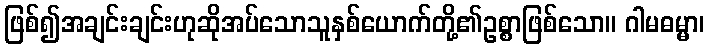
ဖြစ်၍အချင်းချင်းဟုဆိုအပ်သောသူနှစ်ယောက်တို့၏ဥစ္စာဖြစ်သော။ ဂါမဓမ္မာ၊